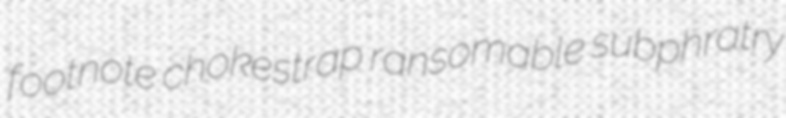
footnote chokestrap ransomable subphratry